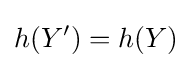
h(Y')=h(Y)